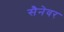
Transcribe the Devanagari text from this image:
सैनेवर